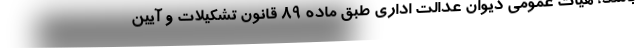
باشد، هیات عمومی دیوان عدالت اداری طبق ماده ۸۹ قانون تشکیلات و آیین